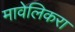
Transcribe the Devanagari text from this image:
मावेलिकरा